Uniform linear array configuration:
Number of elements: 32
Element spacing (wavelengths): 1
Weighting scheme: exponential
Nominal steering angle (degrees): -60
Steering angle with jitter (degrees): -60.652
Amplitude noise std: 0.05
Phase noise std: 0.05

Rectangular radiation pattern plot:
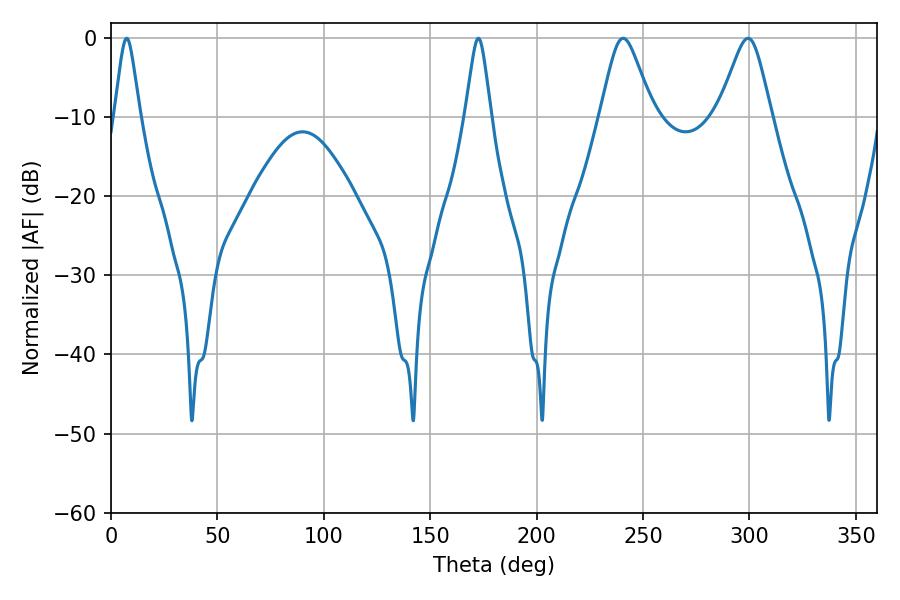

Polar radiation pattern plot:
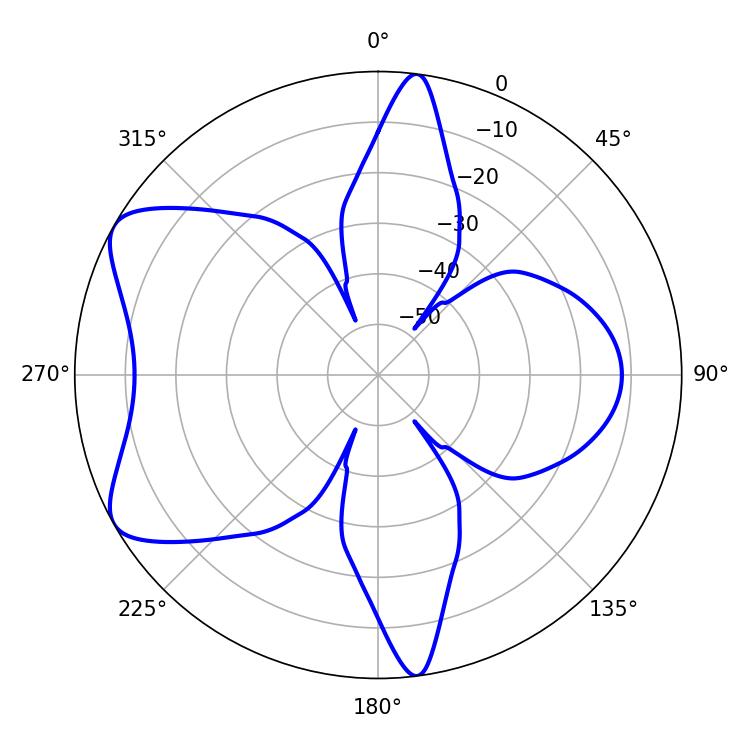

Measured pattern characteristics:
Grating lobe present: TRUE
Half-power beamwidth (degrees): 5.76
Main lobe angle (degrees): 7.38